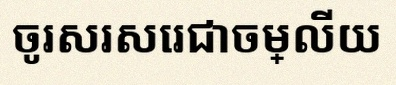
ចូរសរសេរជាចម្លើយ